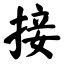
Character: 接